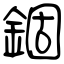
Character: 錮